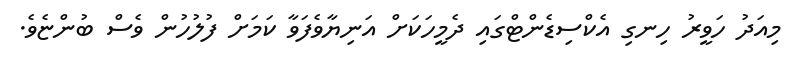
މިއަދު ހަވީރު ހިނގި އެކްސިޑެންޓްގައި ދެމީހަކަށް އަނިޔާވެފަވާ ކަމަށް ފުލުހުން ވެސް ބުންޏެވެ.